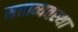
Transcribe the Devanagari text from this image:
सत्ताव्यवस्था